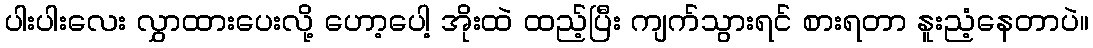
ပါးပါးလေး လွှာထားပေးလို့ ဟော့ပေါ့ အိုးထဲ ထည့်ပြီး ကျက်သွားရင် စားရတာ နူးညံ့နေတာပဲ။